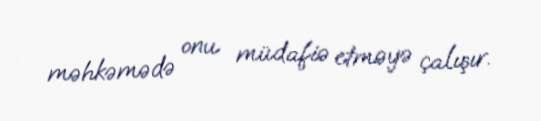
məhkəmədə onu müdafiə etməyə çalışır.